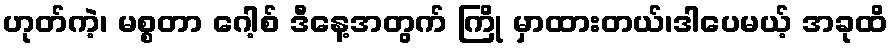
ဟုတ်ကဲ့၊ မစ္စတာ ဂေါ့စ် ဒီနေ့အတွက် ကြို မှာထားတယ်၊ဒါပေမယ့် အခုထိ